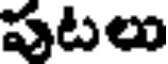
పటలు